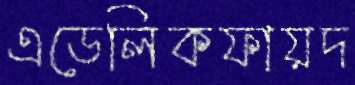
এডেলিকফায়দ